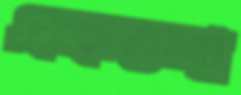
একতলা